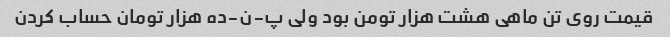
قیمت روی تن ماهی هشت هزار تومن بود ولی پ-ن-ده هزار تومان حساب کردن